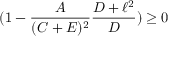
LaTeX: ( 1 - \frac { A } { ( C + E ) ^ { 2 } } \frac { D + \ell ^ { 2 } } { D } ) \geq 0